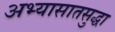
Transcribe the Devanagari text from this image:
अभ्यासातसुद्धा